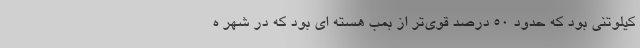
کیلوتنی بود که حدود 50 درصد قوی‌تر از بمب هسته ای بود که در شهر ه